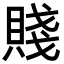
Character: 賤